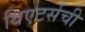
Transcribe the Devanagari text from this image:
थिएटर्सची